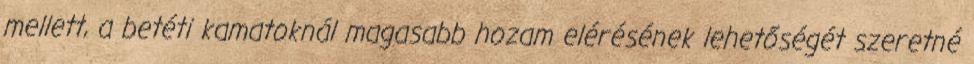
mellett, a betéti kamatoknál magasabb hozam elérésének lehetőségét szeretné